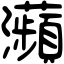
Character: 𤅖